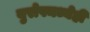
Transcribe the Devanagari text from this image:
युरोपमध्येही